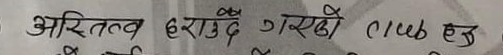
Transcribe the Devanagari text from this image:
अस्तित्व हराउँदै गएको club हो